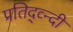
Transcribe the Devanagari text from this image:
प्रतिद्व्न्दी